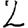
Digit: 2